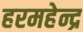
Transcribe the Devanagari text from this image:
हरमहेन्द्र